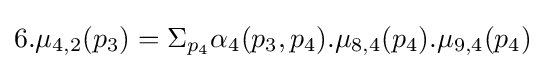
6.\mu _{4,2}(p_{3})=\Sigma _{p_{4}}\alpha _{4}(p_{3},p_{4}).\mu _{8,4}(p_{4}).\mu _{9,4}(p_{4})